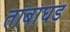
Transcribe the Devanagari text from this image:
तांबाघड